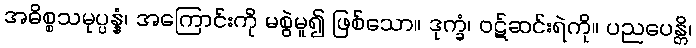
အဓိစ္စသမုပ္ပန္နံ၊ အကြောင်းကို မစွဲမူ၍ ဖြစ်သော။ ဒုက္ခံ၊ ဝဋ်ဆင်းရဲကို။ ပညပေန္တိ၊